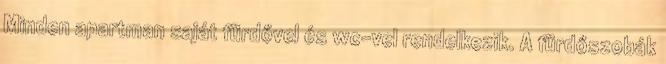
Minden apartman saját fürdővel és wc-vel rendelkezik. A fürdőszobák